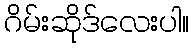
ဂိမ်းဆိုဒ်လေးပါ။